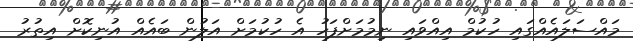
މައްސަލައެއްގައި ހުކުމް އިއްވައި ނިމުމަށްފަހު އެ ހުކުމަށް އަލުން ބައެއް އުނިކޮށް އިތުރު